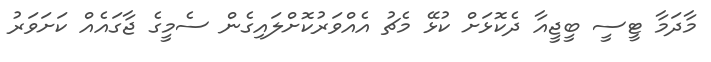
މާދަމާ ޓީސީ ބީޖީއާ ދެކޮޅަށް ކުޅޭ މެޗު އެއްވަރުކޮށްލައިގެން ސެމީގެ ޖާގައެއް ކަށަވަރު